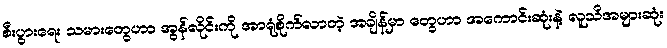
စီးပွားရေး သမားတွေဟာ အွန်လိုင်းကို အာရုံစိုက်လာတဲ့ အချိန်မှာ တွေဟာ အကောင်းဆုံးနဲ့ လူသိအများဆုံး